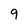
Character: 9